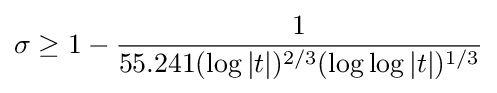
\sigma \geq 1-{\frac {1}{55.241(\log {|t|})^{2/3}(\log {\log {|t|}})^{1/3}}}